画像に写った文字を読んでください
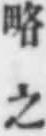
「略之」と書いてあります